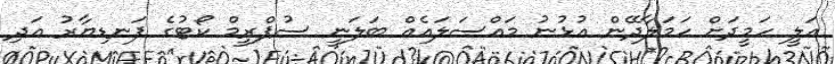
އަލީ ހަމީދަށް ހަމަލާދޭން އުޅުނު މައްސަލައެއް ބަލަނީ ސުޕްރީމް ކޯޓުގެ ފަނޑިޔާރު އަދި